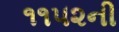
૧૧૫૨ની